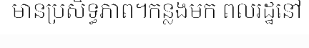
មានប្រសិទ្ធភាព។កន្លងមក ពលរដ្ឋនៅ